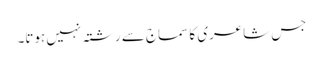
جس شاعری کا سماج سے رشتہ نہیں ہوتا۔